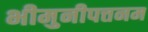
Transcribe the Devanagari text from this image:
भीमुनीपत्तनम